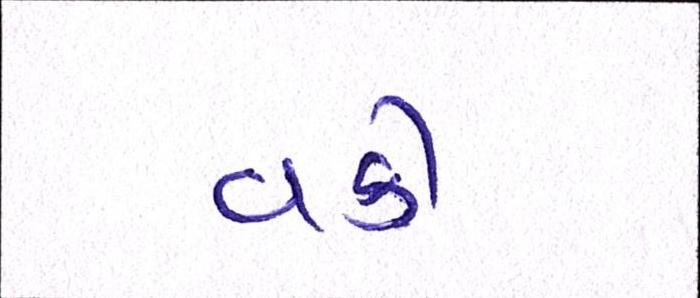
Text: વકી